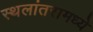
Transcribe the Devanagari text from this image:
स्थलांतरामध्ये